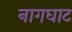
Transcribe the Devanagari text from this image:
नागघाट